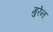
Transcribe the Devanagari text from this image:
गुरेन